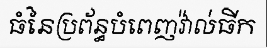
ធំនៃប្រព័ន្ធបំពេញវ៉ាល់ធីក